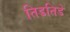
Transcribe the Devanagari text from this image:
तिडतिडे